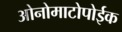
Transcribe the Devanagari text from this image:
ओनोमाटोपोईक